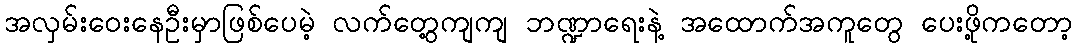
အလှမ်းဝေးနေဦးမှာဖြစ်ပေမဲ့ လက်တွေ့ကျကျ ဘဏ္ဍာရေးနဲ့ အထောက်အကူတွေ ပေးဖို့ကတော့